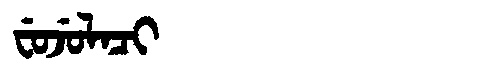
Manchu: ᠸᡠᠵᡠᠯᠠᠴᡳ
Romanization: FUJULACI